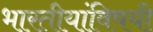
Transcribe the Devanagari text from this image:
भारतीयांविषयी